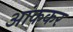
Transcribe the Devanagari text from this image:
आंककर